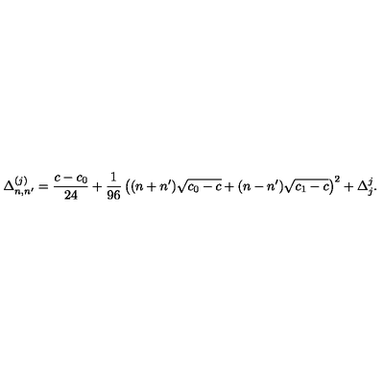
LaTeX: \Delta _ { n , n ^ { \prime } } ^ { ( j ) } = { \frac { c - c _ { 0 } } { 2 4 } } + { \frac { 1 } { 9 6 } } \left( ( n + n ^ { \prime } ) \sqrt { c _ { 0 } - c } + ( n - n ^ { \prime } ) \sqrt { c _ { 1 } - c } \right) ^ { 2 } + \Delta _ { j } ^ { j } { } .